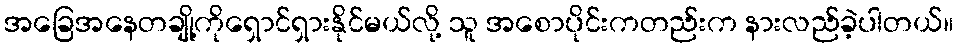
အခြေအနေတချို့ကိုရှောင်ရှားနိုင်မယ်လို့ သူ အစောပိုင်းကတည်းက နားလည်ခဲ့ပါတယ်။